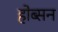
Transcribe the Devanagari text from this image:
होब्सन